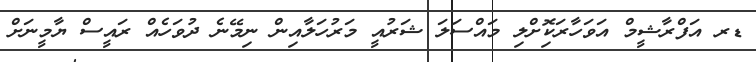
ޑރ އަފްރާޝީމް އަވަހާރަކޮިށްލި މައްސަލަ ޝަރުއީ މަރުހަލާއިން ނިމޭނެ ދުވަހެއް ރައީސް ޔާމީނަށް